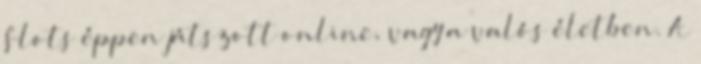
Slots éppen játszott online, vagy a valós életben. A